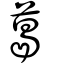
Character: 葛